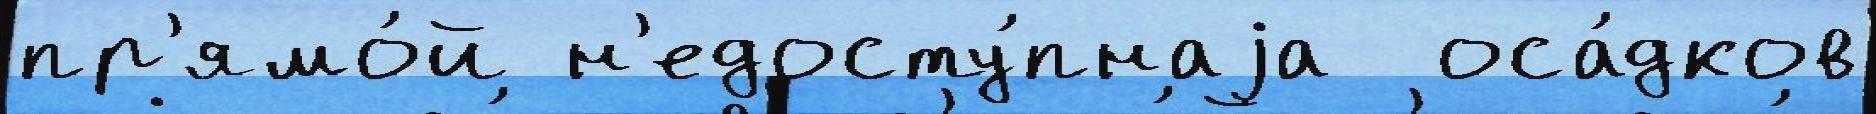
пр'ямо́й н'едосту́пнаjа  оса́дков